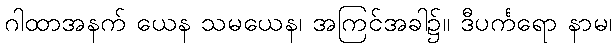
ဂါထာအနက် ယေန သမယေန၊ အကြင်အခါ၌။ ဒီပင်္ကရော နာမ၊